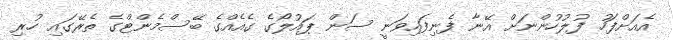
އެއަށްފަހު ފުލުހުންނަށް އޭނާ ފެނިފައިވަނީ ސަން ޕައުލޯގެ ގެއެއްގެ ބޭސްމެންޓްގެ ތެރޭގައި ހުރި